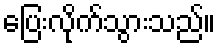
ပြေးလိုက်သွားသည်။